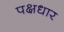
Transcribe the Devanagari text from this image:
पक्षधार